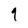
Character: 9